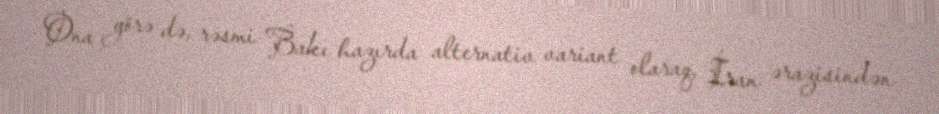
Ona görə də, rəsmi Bakı hazırda alternativ variant olaraq, İran ərazisindən